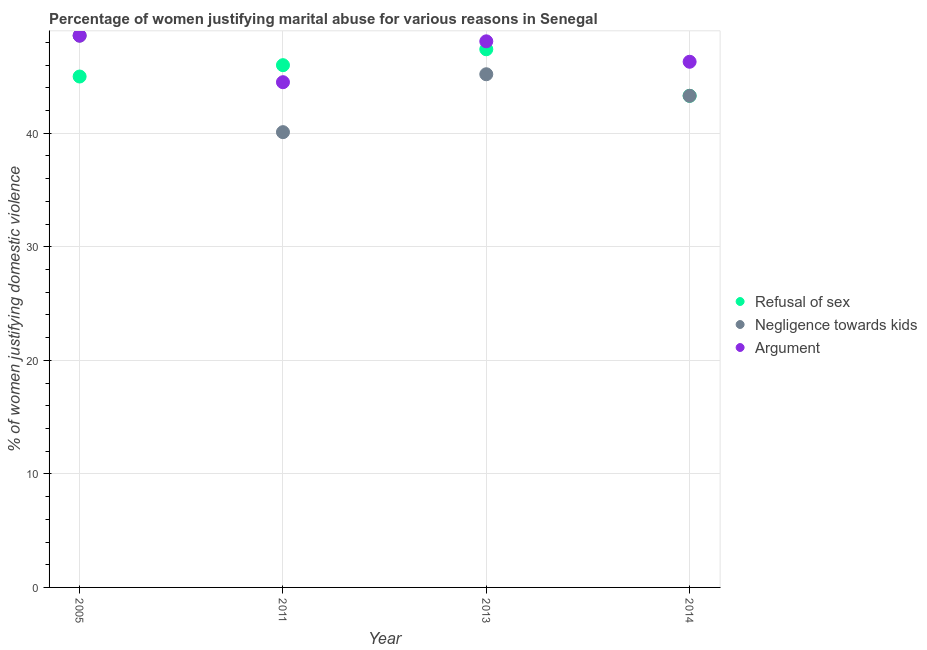
| Year | Refusal of sex | Negligence towards kids | Argument |
 | --- | --- | --- | --- |
 | 2005 | 45 | 48.6 | 48.6 |
 | 2011 | 46 | 40.1 | 44.5 |
 | 2013 | 47.4 | 45.2 | 48.1 |
 | 2014 | 43.3 | 43.3 | 46.3 |